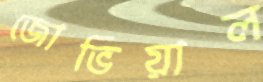
জোভিয়াল